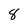
Character: 8